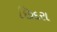
છિદરા